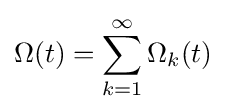
\Omega (t)=\sum _{k=1}^{\infty }\Omega _{k}(t)